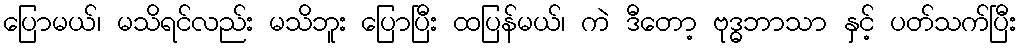
ပြောမယ်၊ မသိရင်လည်း မသိဘူး ပြောပြီး ထပြန်မယ်၊ ကဲ ဒီတော့ ဗုဒ္ဓဘာသာ နှင့် ပတ်သက်ပြီး